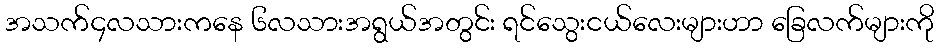
အသက်၄လသားကနေ ၆လသားအရွယ်အတွင်း ရင်သွေးငယ်လေးများဟာ ခြေလက်များကို